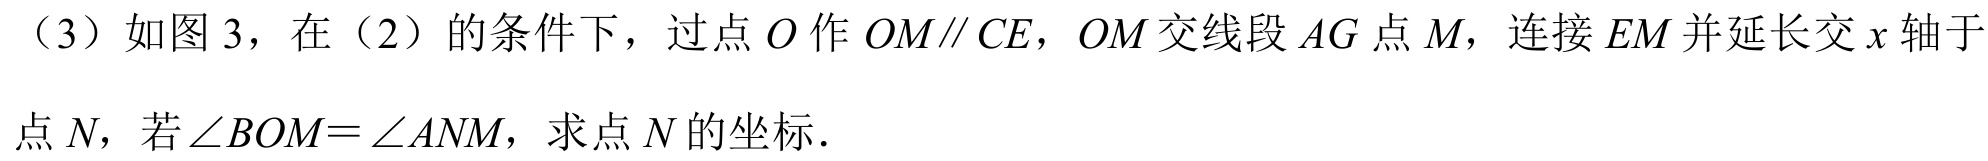
（3）如图3，在（2）的条件下，过点\(O\)作\(OM\parallel CE\)，\(OM\)交线段\(AG\)点\(M\)，连接\(EM\)并延长交\(x\)轴于点\(N\)，若\(\angle BOM=\angle ANM\)，求点\(N\)的坐标.